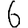
Digit: 6